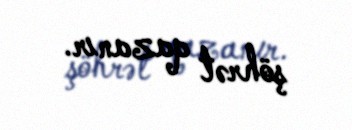
şöhrət qazanır.